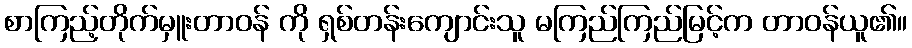
စာကြည့်တိုက်မှူးတာဝန် ကို ရှစ်တန်းကျောင်းသူ မကြည်ကြည်မြင့်က တာဝန်ယူ၏။